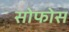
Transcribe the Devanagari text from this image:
सोफोस